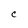
Character: C